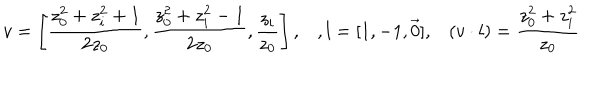
LaTeX: v = \left[ { \frac { z _ { 0 } ^ { 2 } + z _ { i } ^ { 2 } + 1 } { 2 z _ { 0 } } } , { \frac { z _ { 0 } ^ { 2 } + z _ { i } ^ { 2 } - 1 } { 2 z _ { 0 } } } , { \frac { z _ { i } } { z _ { 0 } } } \right] , , l = [ 1 , - 1 , \vec { 0 } ] , ( v \cdot l ) = { \frac { z _ { 0 } ^ { 2 } + z _ { i } ^ { 2 } } { z _ { 0 } } }